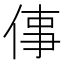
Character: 倳